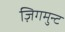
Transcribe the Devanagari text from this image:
ज़िगमुन्ट